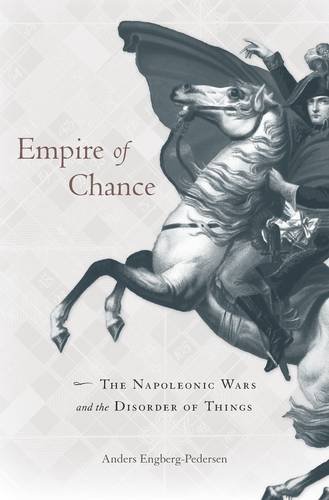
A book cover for Empire of Chance: The Napoleonic Wars and the Disorder of Things; Anders Engberg-Pedersen; Literature & Fiction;